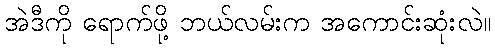
အဲဒီကို ရောက်ဖို့ ဘယ်လမ်းက အကောင်းဆုံးလဲ။